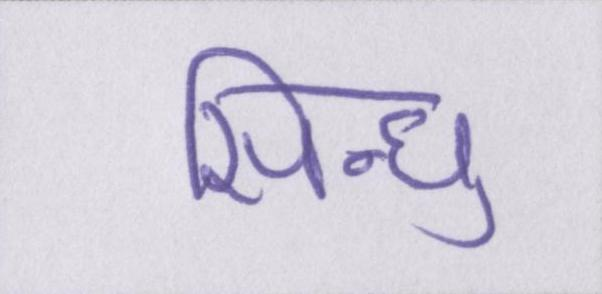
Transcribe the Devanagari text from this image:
सिन्धु